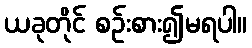
ယခုတိုင် စဉ်းစား၍မရပါ။